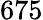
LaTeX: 675